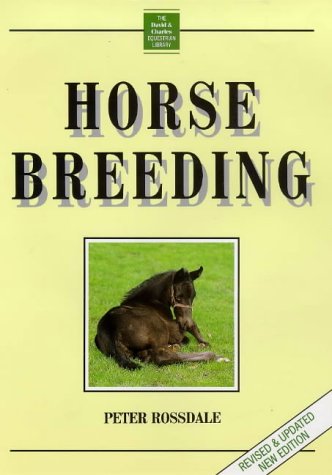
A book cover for Horse Breeding (David and Charles Equestrian Library); Peter Rossdale; Medical Books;